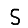
Digit: 5